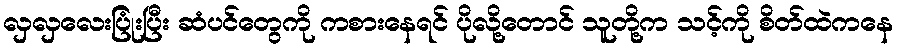
လှလှလေးပြုံးပြီး ဆံပင်တွေကို ကစားနေရင် ပိုလို့တောင် သူတို့က သင့်ကို စိတ်ထဲကနေ